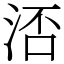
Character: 㳪